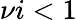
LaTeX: \nu i<1